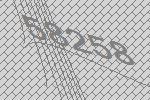
58258